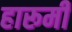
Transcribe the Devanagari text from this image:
हारूमी